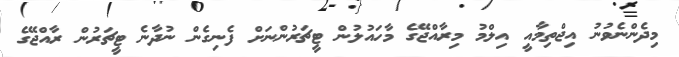
މިދެންނެވުނު އިޖްތިމާއީ އިލްމު މިރާއްޖޭގެ މާހައުލުން ޓީޗަރުންނަށް ފެނިގެން ނުދާނެ ޓީޗަރުން ރާއްޖޭގެ